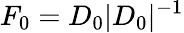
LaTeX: F_{0}=D_{0}|D_{0}|^{-1}